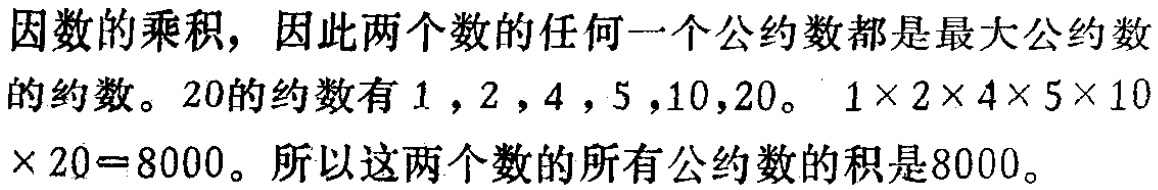
因数的乘积，因此两个数的任何一个公约数都是最大公约数

的约数。20的约数有1，2，4，5，10，20。\(1\times 2\times 4\times 5\times 10\times 20 = 8000\)。所以这两个数的所有公约数的积是8000。